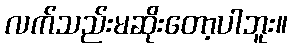
လက်သည်းမဆိုးတော့ပါဘူး။